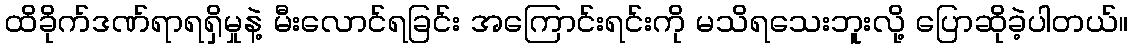
ထိခိုက်ဒဏ်ရာရရှိမှုနဲ့ မီးလောင်ရခြင်း အကြောင်းရင်းကို မသိရသေးဘူးလို့ ပြောဆိုခဲ့ပါတယ်။